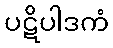
ပဋိပါဒကံ